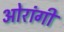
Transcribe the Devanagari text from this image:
ओरांगी